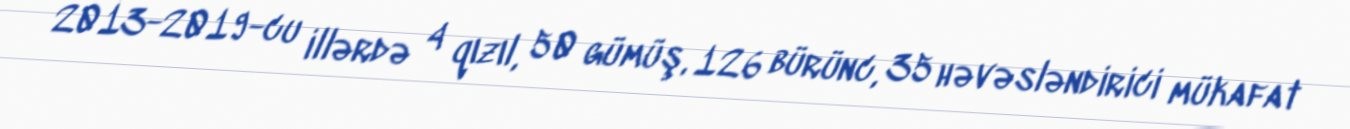
2013-2019-cu illərdə 4 qızıl, 50 gümüş, 126 bürünc, 35 həvəsləndirici mükafat